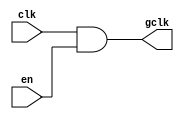
module ClockGating(
    input wire clk,      // Primary clock signal
    input wire en,       // Enable signal
    output wire gclk     // Gated clock signal
);

    // Gating logic: GCLK = CLK AND EN
    assign gclk = clk & en; 

endmodule